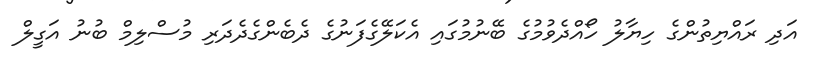
އަދި ރައްޔިތުންގެ ހިޔާލު ހޯއްދެވުމުގެ ބޭނުމުގައި އެކަލޭގެފަނުގެ ދެބެންގެދެދަރި މުސްލިމް ބުނު އަގީލް